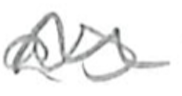
Text: as
Cross-out: wave
Writing tool: pencil